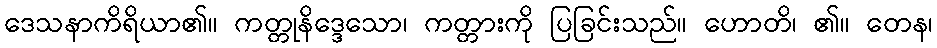
ဒေသနာကိရိယာ၏။ ကတ္တုနိဒ္ဒေသော၊ ကတ္တားကို ပြခြင်းသည်။ ဟောတိ၊ ၏။ တေန၊